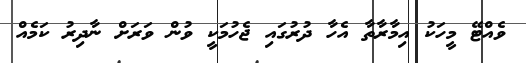
ވެއްޓޭ މީހަކު އިމާރާތާ އެހާ ދުރުގައި ޖެހުމަކީ ވުން ވަރަށް ނާދިރު ކަމެއް